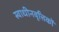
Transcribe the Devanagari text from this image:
स्वाधीनवृत्तिकों